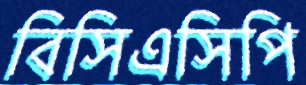
বিসিএসিপি